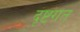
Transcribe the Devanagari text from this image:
दृष्टगत